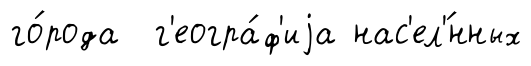
го́рода г'еогра́ф'иjа нас'ел'́нных